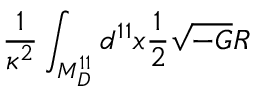
\frac { 1 } { \kappa ^ { 2 } } \int _ { M _ { D } ^ { 1 1 } } d ^ { 1 1 } x \frac { 1 } { 2 } \sqrt { - G } R